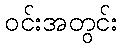
ဝင်းအတွင်း